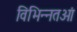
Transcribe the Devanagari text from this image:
विभिन्नतओं